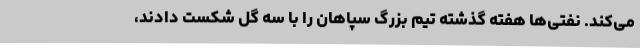
می‌کند. نفتی‌ها هفته گذشته تیم بزرگ سپاهان را با سه گل شکست دادند،